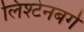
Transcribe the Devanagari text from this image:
लिश्टेनबर्ग